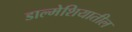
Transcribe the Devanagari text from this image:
डाल्मेशियातील